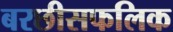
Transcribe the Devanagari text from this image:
बरछीसफलिक